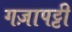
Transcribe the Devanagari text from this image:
गज़ापट्टी